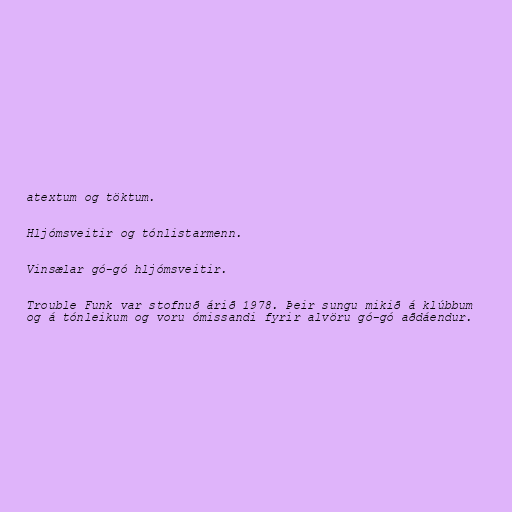
atextum og töktum.

Hljómsveitir og tónlistarmenn.

Vinsælar gó-gó hljómsveitir.

Trouble Funk var stofnuð árið 1978. Þeir sungu mikið á klúbbum
og á tónleikum og voru ómissandi fyrir alvöru gó-gó aðdáendur.